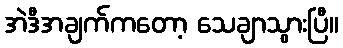
အဲဒီအချက်ကတော့ သေချာသွားပြီ။